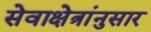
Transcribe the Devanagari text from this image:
सेवाक्षेत्रांनुसार